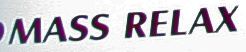
MASS RELAX